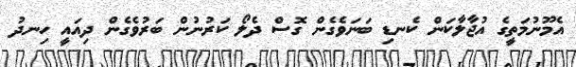
އެމޫނުމަތީގެ އުޖާލާކަން ކެނޑި ބަނަވެގެން ގޮސް ދެލޯ ކަރުނުން ބަރުވެގެން ދިއައީ ހިނދު